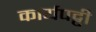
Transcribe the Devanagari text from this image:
कार्यपट्टी